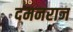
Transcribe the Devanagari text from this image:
दमनराज